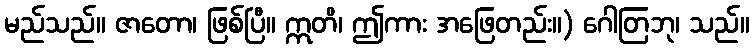
မည်သည်။ ဇာတော၊ ဖြစ်ပြီ။ ဣတိ၊ ဤကား အဖြေတည်း။) ဂေါတြဘု၊ သည်။